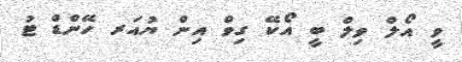
ވީ އޯލް ވިލް ބީ އޯކޭ ގިވް އިން ޔުއަރ ހޭންޑް ޓު